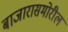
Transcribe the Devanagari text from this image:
बाजारासमोरील